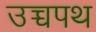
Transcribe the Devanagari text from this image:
उच्चपथ